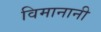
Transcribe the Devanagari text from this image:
विमानानी